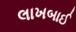
લાખબાઈ